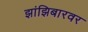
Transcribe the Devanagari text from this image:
झांझिबारवर